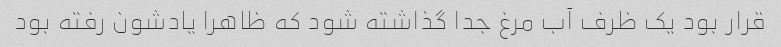
قرار بود یک ظرف آب مرغ جدا گذاشته شود که ظاهرا یادشون رفته بود